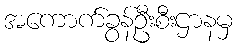
အကောက်ခွန်ဦးစီးဌာနမှ